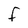
Character: F